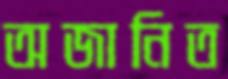
অজানিত